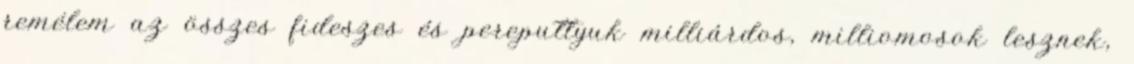
remélem az összes fideszes és pereputtyuk milliárdos, milliomosok lesznek,